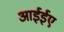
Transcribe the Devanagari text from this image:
आईईए